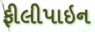
ફીલીપાઇન